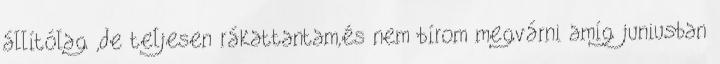
állítólag ,de teljesen rákattantam,és nem bírom megvárni amíg juniusban